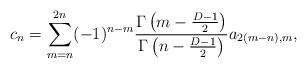
LaTeX: \begin{align*}c_n =\sum_{m=n}^{2n}(-1)^{n-m}{\Gamma\left(m-{D-1 \over 2} \right)\over \Gamma\left(n-{D-1 \over 2}\right)} a_{2(m-n),m},\end{align*}